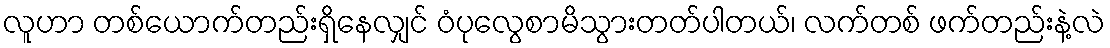
လူဟာ တစ်ယောက်တည်းရှိနေလျှင် ဝံပုလွေစာမိသွားတတ်ပါတယ်၊ လက်တစ် ဖက်တည်းနဲ့လဲ